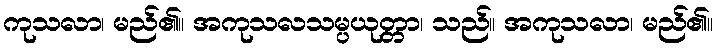
ကုသလာ၊ မည်၏။ အကုသလသမ္ပယုတ္တာ၊ သည်။ အကုသလာ၊ မည်၏။